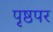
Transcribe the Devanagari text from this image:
पृष्ठपर